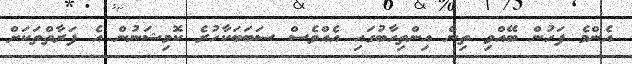
އެންމެ ފަހުން ބޭއްވި ތިން އިންތިހާބުގައި އެއްވެސް ސަބަބަކާހުރެ ކޮމިޝަނުން އެ ފަރާތްތަކަށް